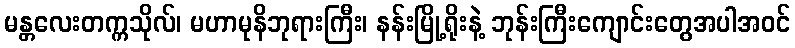
မန္တလေးတက္ကသိုလ်၊ မဟာမုနိဘုရားကြီး၊ နန်းမြို့ရိုးနဲ့ ဘုန်းကြီးကျောင်းတွေအပါအဝင်